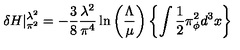
\delta H | _ { \pi ^ { 2 } } ^ { \lambda ^ { 2 } } = - { \frac { 3 } { 8 } } { \frac { \lambda ^ { 2 } } { \pi ^ { 4 } } } \ln \left( { \frac { \Lambda } { \mu } } \right) \left\{ \int { \frac { 1 } { 2 } } \pi _ { \phi } ^ { 2 } d ^ { 3 } x \right\}